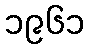
၁၉၆၁